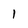
Character: 1